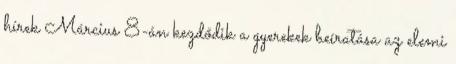
hírek Március 8-án kezdődik a gyerekek beíratása az elemi